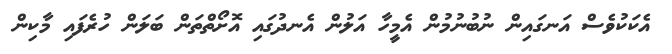
އެކަކުވެސް އަނގައިން ނުބުނުމުން އެމީހާ އަލުން އެނދުގައި އޮށޯތްތަން ބަލަން ހުރެފައި މާކިން